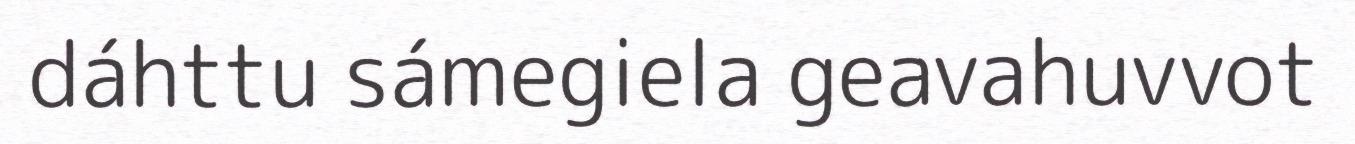
dáhttu sámegiela geavahuvvot